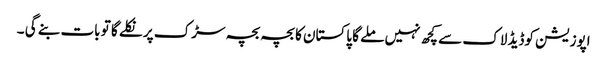
اپوزیشن کوڈیڈ لاک سے کچھ نہیں ملے گا پاکستان کا بچہ بچہ سڑک پر نکلے گا تو بات بنے گی ۔